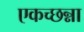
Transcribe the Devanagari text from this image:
एकच्छन्ना